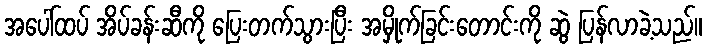
အပေါ်ထပ် အိပ်ခန်းဆီကို ပြေးတက်သွားပြီး အမှိုက်ခြင်းတောင်းကို ဆွဲ ပြန်လာခဲ့သည်။